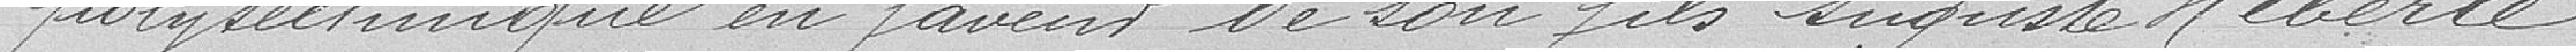
polytechnique en faveur de son fils Auguste Heberlé.